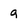
Character: g